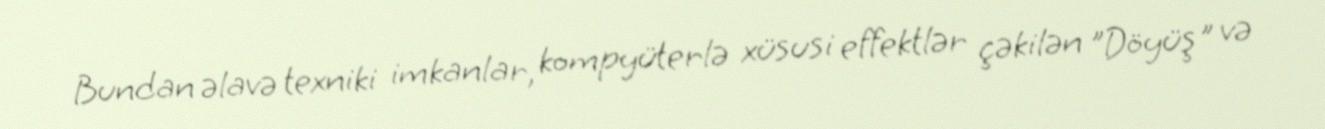
Bundan əlavə texniki imkanlar, kompyüterlə xüsusi effektlər çəkilən "Döyüş" və